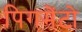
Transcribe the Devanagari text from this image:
पिगमेंटो